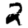
Digit: 2